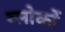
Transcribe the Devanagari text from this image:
ब्लोकों